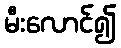
မီးလောင်၍